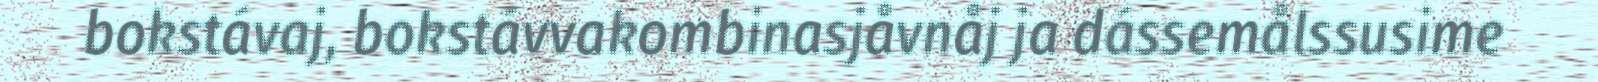
bokstávaj, bokstávvakombinasjåvnåj ja dássemålssusime